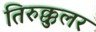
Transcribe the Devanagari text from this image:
तिरुक्कुलर